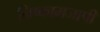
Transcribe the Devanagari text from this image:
निष्कामजापी